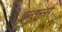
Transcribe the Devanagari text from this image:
इन्तर्न्स